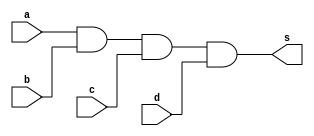
//----------------------------------------------
//-- Alvaro Henrique de Araujo Rungue - 395487
//-- Prova 01 - letra j
//----------------------------------------------


//-- S2 AND
module s2 (s,a,b,c,d);
output s;
input a,b,c,d;



and AND1 (s, a,b,c,d);



endmodule //fim s2

//-- Inicio teste and

module testes2;

wire s;
reg a,b,c,d;

s2 Teste (s,a,b,c,d);

 initial begin
 	   $display("\nAlvaro Henrique - 395487 \n");
      $display("\na  b   c   d  s2\n");
      $monitor("%b  %b   %b   %b  %b", a, b, c, d, s);
  
	     a=0; b=0; c=0; d=0;  
    #1  a=0; b=0; c=0; d=1;
    #1  a=0; b=0; c=1; d=0;
    #1  a=0; b=0; c=1; d=1;
    #1  a=0; b=1; c=0; d=0;
 	 #1  a=0; b=1; c=0; d=1;
    #1  a=0; b=1; c=1; d=0;
    #1  a=0; b=1; c=1; d=1;
    #1  a=1; b=0; c=0; d=0;
    #1  a=1; b=0; c=0; d=1;
    #1  a=1; b=0; c=1; d=0;
    #1  a=1; b=0; c=1; d=1;
    #1  a=1; b=1; c=0; d=0;
    #1  a=1; b=1; c=0; d=1;
    #1  a=1; b=1; c=1; d=0;
    #1  a=1; b=1; c=1; d=1;


        
    end
    endmodule